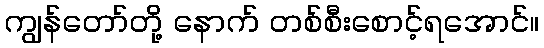
ကျွန်တော်တို့ နောက် တစ်စီးစောင့်ရအောင်။